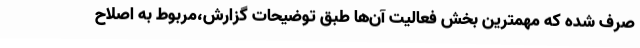
صرف شده که مهمترین بخش فعالیت آن‌ها طبق توضیحات گزارش،مربوط به اصلاح